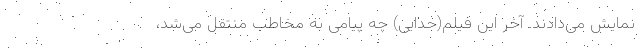
نمایش می‌دادند. آخر این فیلم(جدایی) چه پیامی به مخاطب منتقل می‌شد،